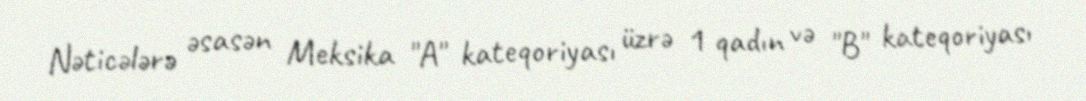
Nəticələrə əsasən Meksika "A" kateqoriyası üzrə 1 qadın və "B" kateqoriyası